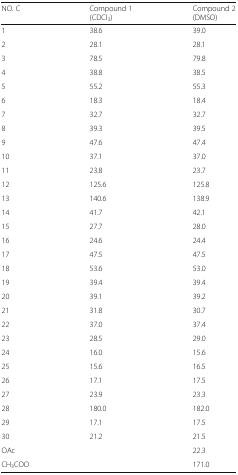
<table><thead><tr><td><b>NO. C</b></td><td><b>Compound 1 (CDCl<sub>3</sub>)</b></td><td><b>Compound 2 (DMSO)</b></td></tr></thead><tbody><tr><td>1</td><td>38.6</td><td>39.0</td></tr><tr><td>2</td><td>28.1</td><td>28.1</td></tr><tr><td>3</td><td>78.5</td><td>79.8</td></tr><tr><td>4</td><td>38.8</td><td>38.5</td></tr><tr><td>5</td><td>55.2</td><td>55.3</td></tr><tr><td>6</td><td>18.3</td><td>18.4</td></tr><tr><td>7</td><td>32.7</td><td>32.7</td></tr><tr><td>8</td><td>39.3</td><td>39.5</td></tr><tr><td>9</td><td>47.6</td><td>47.4</td></tr><tr><td>10</td><td>37.1</td><td>37.0</td></tr><tr><td>11</td><td>23.8</td><td>23.7</td></tr><tr><td>12</td><td>125.6</td><td>125.8</td></tr><tr><td>13</td><td>140.6</td><td>138.9</td></tr><tr><td>14</td><td>41.7</td><td>42.1</td></tr><tr><td>15</td><td>27.7</td><td>28.0</td></tr><tr><td>16</td><td>24.6</td><td>24.4</td></tr><tr><td>17</td><td>47.5</td><td>47.5</td></tr><tr><td>18</td><td>53.6</td><td>53.0</td></tr><tr><td>19</td><td>39.4</td><td>39.4</td></tr><tr><td>20</td><td>39.1</td><td>39.2</td></tr><tr><td>21</td><td>31.8</td><td>30.7</td></tr><tr><td>22</td><td>37.0</td><td>37.4</td></tr><tr><td>23</td><td>28.5</td><td>29.0</td></tr><tr><td>24</td><td>16.0</td><td>15.6</td></tr><tr><td>25</td><td>15.6</td><td>16.5</td></tr><tr><td>26</td><td>17.1</td><td>17.5</td></tr><tr><td>27</td><td>23.9</td><td>23.3</td></tr><tr><td>28</td><td>180.0</td><td>182.0</td></tr><tr><td>29</td><td>17.1</td><td>17.5</td></tr><tr><td>30</td><td>21.2</td><td>21.5</td></tr><tr><td>OAc</td><td></td><td>22.3</td></tr><tr><td>CH<sub>3</sub>COO</td><td></td><td>171.0</td></tr></tbody></table>